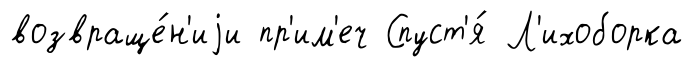
возвраще́н'иjи пр'им'еч Спуст'я́ Л'ихоборка